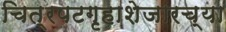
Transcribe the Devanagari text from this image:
चित्रपटगृहाशेजारच्या